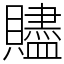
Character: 贐